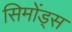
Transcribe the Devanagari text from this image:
सिमोंड्स